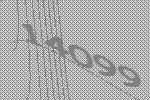
14099